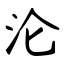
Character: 沦